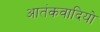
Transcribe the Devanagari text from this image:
आतंकवादियो